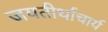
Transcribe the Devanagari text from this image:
जयतीर्थाचार्य